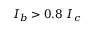
I _ { b } > 0 . 8 ~ I _ { c }